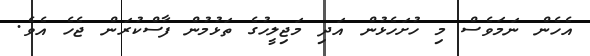
އެހެން ނަމަވެސް މި ހުށަހެޅުން އަދި މަޖިލީހުގެ ތަޅުމުން ފާސްކުރަން ޖެހެ އެވެ.